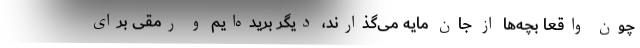
چون واقعا بچه‌ها از جان مایه می‌گذارند، دیگر بریده‌ایم و رمقی برای